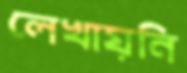
লেখায়নি